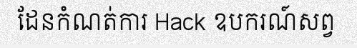
ដែនកំណត់ការ Hack ឧបករណ៍សព្វ